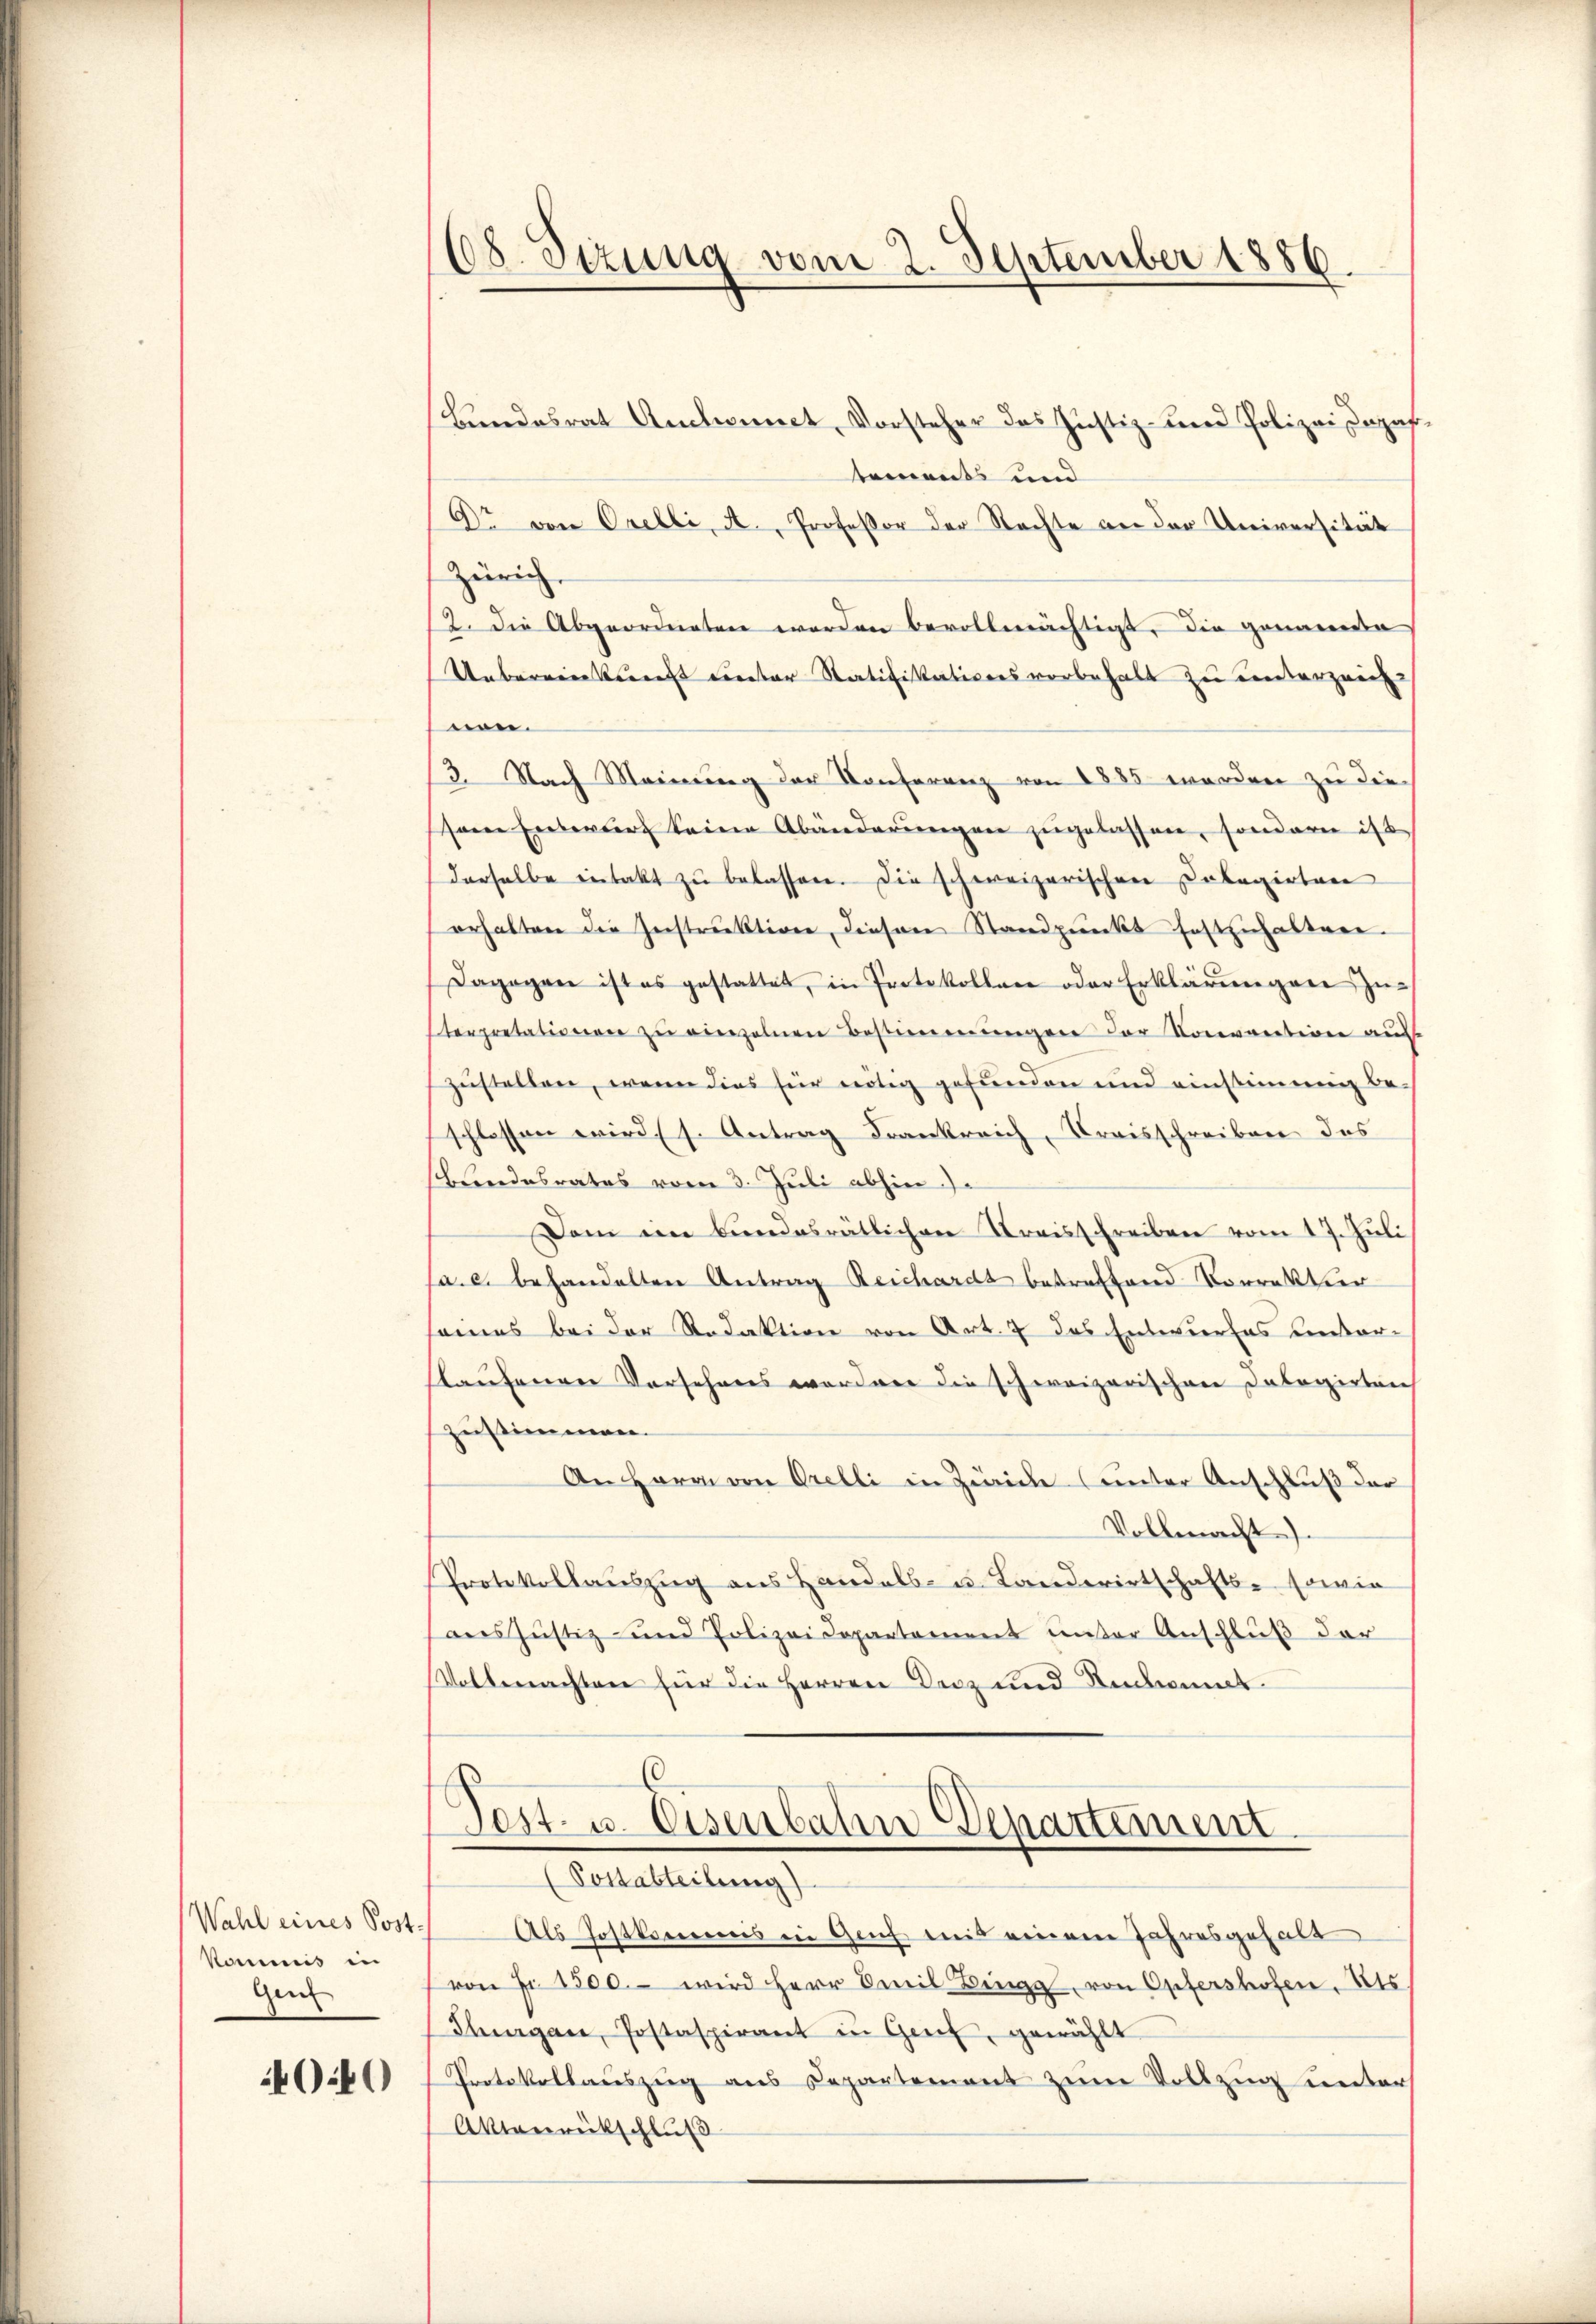
Wahl eines Post¬
Kommis in
Gen

040

68. Sezung vom 2. September 1886.

Bundesrat Andonnet, Vorsteher das Justiz- und Polizei zuzuf
tements und
Dr von Orelli, A., Professor der Rechte an der Universität
Zürich.
2. Die Abgeordneten werden bevollmächtigt, die genande
Unbereinkunft unter Ratifikationsvorbehalt zu unterzeich-
non.
2. Nach Meinung der Konferenz von 1885 werden zu dieso Entwurf keine Abänderŭngen zugelassen, sondern ist
derselbe intakt zŭ belassen. Die schweizerischen Dolagirten
erhalten die Zerstruktion, diesen Standpunkt festzuhalten.
Dagegen ist es gestattet, in Protokollen oder Erklärungen zuterpretationen zŭ einzelnen Bestimmungen der Voraretiren aus
zustellen, wenn dies für nötig gefunden und einstimmig be-
schlossen wird (s. Antrag Frankreich, Kreisschreiben des
Blendesrates vom 3. Juli abhin
Dem ein bundesrätlichen Kreisschreiben vom 17. Juli
pa. c. behandelten Antrag Reichardt betreffend Korrektur
eines bei der Redaktion von Art. 7 das Entwurfes unter-
flaufenen Vorsehenes worden die schweizerischen Dalagirten
Zustimmen.
An Herrn von Orelli in Zürich (unter Anschluß der
Vollmacht.
Protokollauszug aus Handels- u. Landwirtschafts- sowie
aus Justiz- und Polizeidepartement unter Anschluß der
Vollmachten für die Herren Decz und Redamit
Pest- u. Eisenbahren Departement
Pottabteilung)
Als Postkommes in Gech mit einem Jahresgehalt
von Fr. 1500.- wird Herr Emil Zingg, von Opfershofen, Kts.
Flurgane, Postaspirant in Genf, gewählt
Protokollauszug aus Departement zum Vollzug unter
Aktenrütschluß